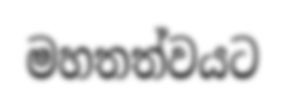
මහතත්වයට